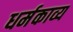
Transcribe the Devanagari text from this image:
धर्मकाव्य